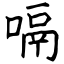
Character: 嗝